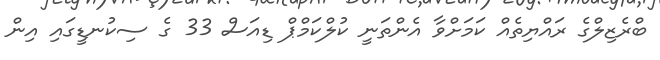
ބްރެޒިލްގެ ރައްޔިތެއް ކަމަށްވާ އެންތަނީ ކުލްކަމްޕް ޑިއަސް 33 ގެ ސިކުނޑީގައި އިން